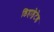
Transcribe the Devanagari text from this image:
डिहाड्रेटेड